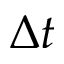
\Delta t